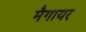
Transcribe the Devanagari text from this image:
मैगायर